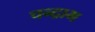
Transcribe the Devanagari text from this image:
चन्द्राभ